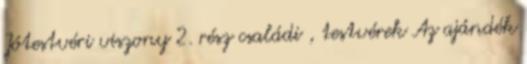
Jótestvéri viszony 2. rész családi , testvérek Az ajándék